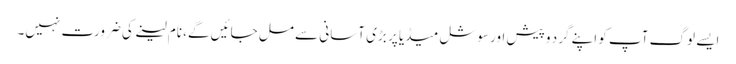
ایسے لوگ آپ کو اپنے گرد و پیش اور سوشل میڈیا پر بڑی آسانی سے مل جائیں گے، نام لینے کی ضرورت نہیں۔